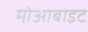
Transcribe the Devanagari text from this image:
मोआबाइट